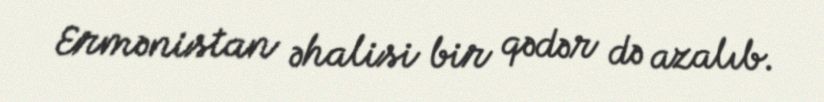
Ermənistan əhalisi bir qədər də azalıb.